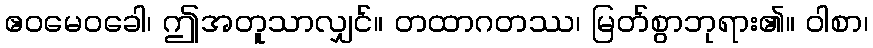
ဧဝမေဝခေါ၊ ဤအတူသာလျှင်။ တထာဂတဿ၊ မြတ်စွာဘုရား၏။ ဝါစာ၊